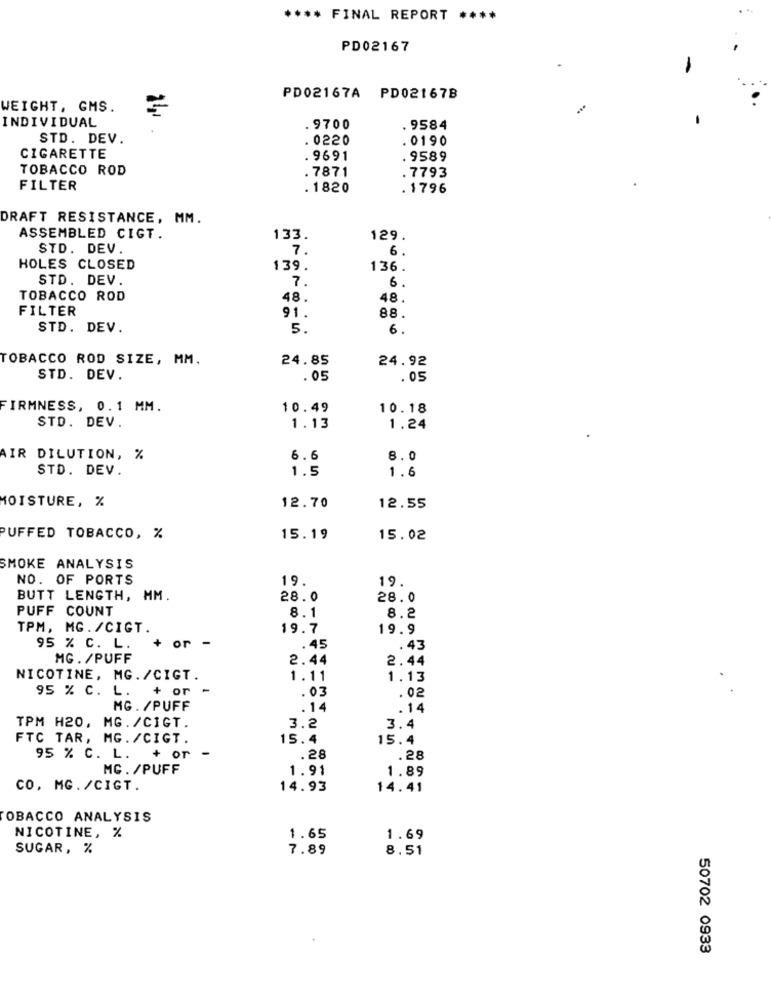
**** FINAL REPORT ****
PD02167
PD02167A PD02167B
WEIGHT, GMS.
INDIVIDUAL
. 9700
. 9584
STD. DEV.
. 0220
. 0190
CIGARETTE
. 9691
. 9589
TOBACCO ROD
.7793
. 7871
FILTER
. 1820
. 1796
DRAFT RESISTANCE, MM.
ASSEMBLED CIGT.
133.
129.
STD. DEV
7.
6.
HOLES CLOSED
139.
136.
STD. DEV.
7.
6.
TOBACCO ROD
48.
48.
FILTER
91.
88.
STD. DEV.
5.
6
TOBACCO ROD SIZE, MM.
24.85
24.92
STD. DEV.
.05
. 05
FIRMNESS, 0.1 MM.
10.49
10.18
STD. DEV.
1.13
1.24
AIR DILUTION, %
6.6
8.0
STD. DEV.
1.5
1.6
MOISTURE, %
12.70
12.55
UFFED TOBACCO, %
15.19
15.02
SMOKE ANALYSIS
NO. OF PORTS
19.
19.
BUTT LENGTH, MM.
28.0
28.0
PUFF COUNT
8.2
8.1
TPM, MG. /CIGT.
19.7
19.9
95 % C. L.
or -
.45
. 43
MG. /PUFF
2.44
2.44
NICOTINE, MG./CIGT.
1.11
1.13
95 % C. L.
+ or
.03
.02
MG. /PUFF
.14
.14
TPM H20, MG. /CIGT.
3.2
3.4
FTC TAR, MG. /CIGT.
15.4
15.4
-
95 % C. L. + or
.28
.28
MG. /PUFF
1.91
1.89
CO, MG. /CIGT.
14.93
14.41
TOBACCO ANALYSIS
NICOTINE, %
1.65
1.69
SUGAR, %
7.89
8.51
50702 0933